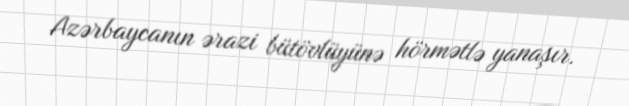
Azərbaycanın ərazi bütövlüyünə hörmətlə yanaşır.